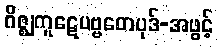
ဂိဇ္ဈကူဋေပဗ္ဗတေပုဒ်-အဖွင့်